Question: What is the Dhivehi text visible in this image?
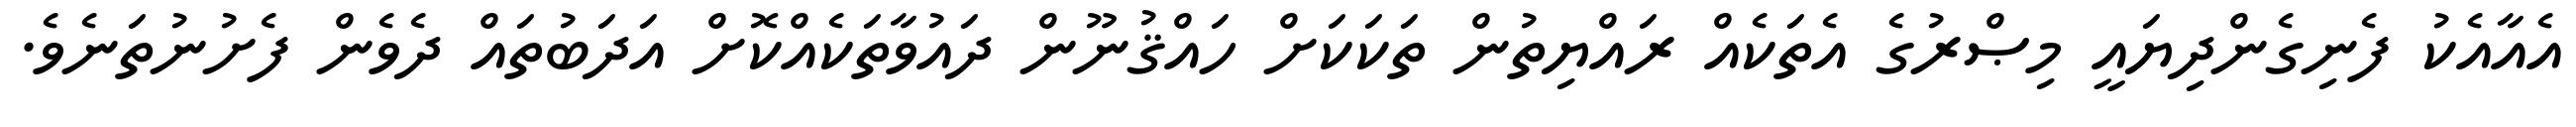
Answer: އެއާއެކު ފެނިގެންދިޔައީ މިޞްރުގެ އެތަކެއް ރައްޔިތުން ތަކަކަށް ހައްޤުނޫން ދައުވާތަކެއްކޮށް އަދަބުތައް ދެވެން ފެށުނުތަނެވެ.